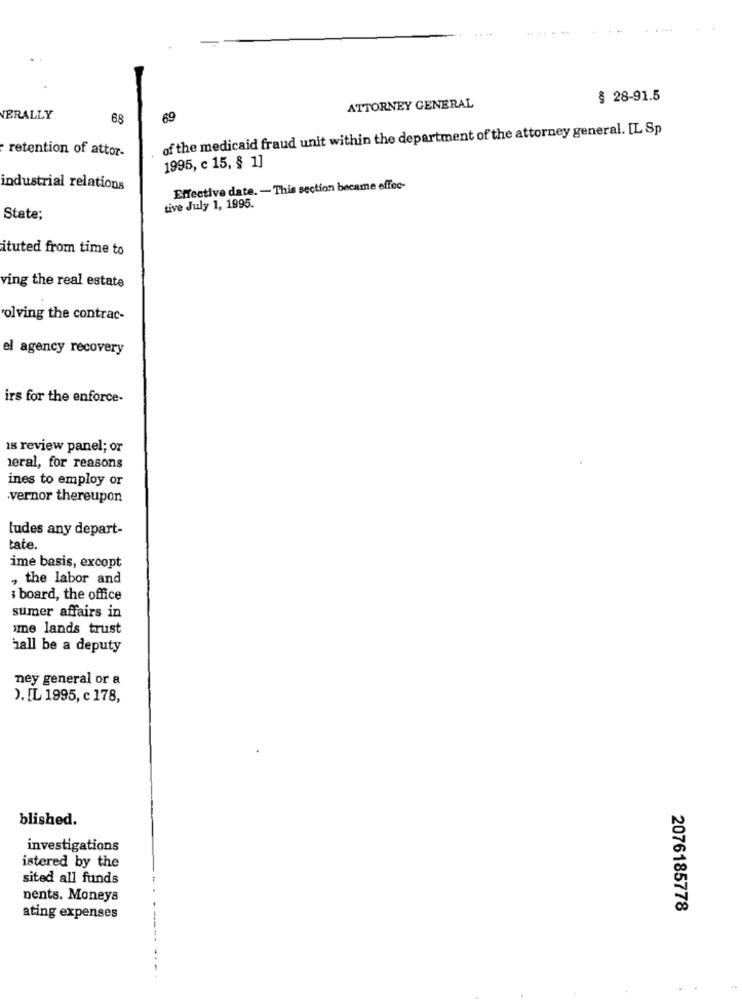
§ 28-91.5
ATTORNEY GENERAL
VERALLY
68
69
of the medicaid fraud unit within the department of the attorney general. [L Sp
retention of attor-
1995, c 15, § 1]
industrial relations
Effective date. - This section became effec-
tive July 1, 1995.
State;
ituted from time to
ving the real estate
holving the contrac-
el agency recovery
irs for the enforce-
18 review panel; or
heral, for reasons
ines to employ or
vernor thereupon
ludes any depart-
tate.
ime basis, except
, the labor and
: board, the office
sumer affairs in
me lands trust
hall be a deputy
ney general or a
). IL 1995, c 178,
blished.
investigations
istered by the
sited all funds
nents. Moneys
2076185778
ating expenses